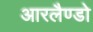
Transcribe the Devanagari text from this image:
आरलैण्डो